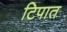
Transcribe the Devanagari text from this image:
टिपात